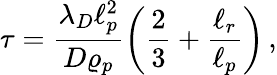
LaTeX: \tau=\frac{\lambda_{D}\ell_{p}^{2}}{D\varrho_{p}}\left(\frac{2}{3}+\frac{\ell_{r}}{\ell_{p}}\right)\, ,